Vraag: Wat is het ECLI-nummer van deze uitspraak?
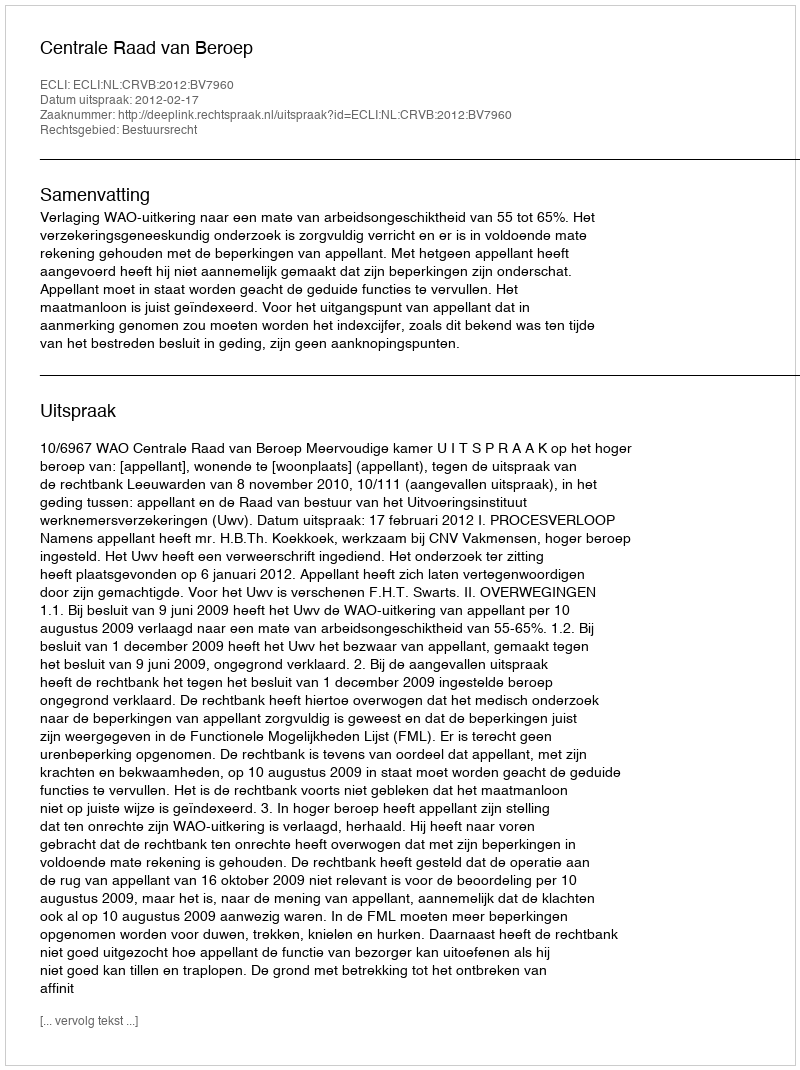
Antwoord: ECLI:NL:CRVB:2012:BV7960